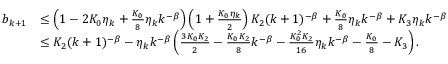
\begin{array} { r l } { b _ { k + 1 } } & { \leq \left( 1 - 2 K _ { 0 } \eta _ { k } + \frac { K _ { 0 } } { 8 } \eta _ { k } k ^ { - \beta } \right) \left( 1 + \frac { K _ { 0 } \eta _ { k } } { 2 } \right) K _ { 2 } ( k + 1 ) ^ { - \beta } + \frac { K _ { 0 } } { 8 } \eta _ { k } k ^ { - \beta } + K _ { 3 } \eta _ { k } k ^ { - \beta } } \\ & { \leq K _ { 2 } ( k + 1 ) ^ { - \beta } - \eta _ { k } k ^ { - \beta } \left( \frac { 3 K _ { 0 } K _ { 2 } } { 2 } - \frac { K _ { 0 } K _ { 2 } } { 8 } k ^ { - \beta } - \frac { K _ { 0 } ^ { 2 } K _ { 2 } } { 1 6 } \eta _ { k } k ^ { - \beta } - \frac { K _ { 0 } } { 8 } - K _ { 3 } \right) . } \end{array}